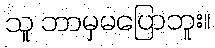
သူ ဘာမှမပြောဘူး။